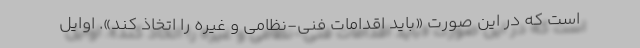
است که در این صورت «باید اقدامات فنی-نظامی و غیره را اتخاذ کند». اوایل